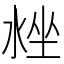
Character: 𣴳